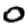
Digit: 0